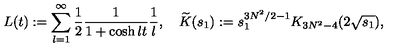
L ( t ) : = \sum _ { l = 1 } ^ { \infty } \frac { 1 } { 2 } \frac { 1 } { 1 + \cosh l t } \frac { 1 } { l } , \quad \widetilde { K } ( s _ { 1 } ) : = s _ { 1 } ^ { 3 N ^ { 2 } / 2 - 1 } K _ { 3 N ^ { 2 } - 4 } ( 2 \sqrt { s _ { 1 } } ) ,